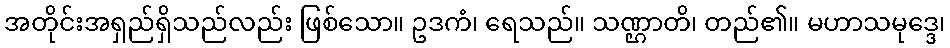
အတိုင်းအရှည်ရှိသည်လည်း ဖြစ်သော။ ဥဒကံ၊ ရေသည်။ သဏ္ဌာတိ၊ တည်၏။ မဟာသမုဒ္ဒေ၊